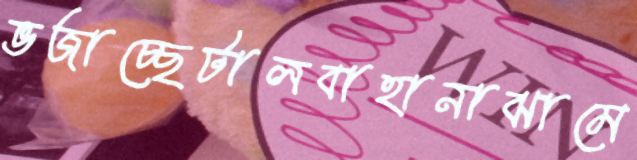
ভজাচ্ছেটালবাহানাঝামে